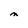
Character: M